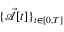
\{ \mathcal { \vec { A } } [ t ] \} _ { t \in [ 0 , T ] }